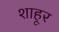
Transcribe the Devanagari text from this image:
शाहूर